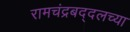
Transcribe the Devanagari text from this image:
रामचंद्रबद्दलच्या